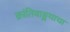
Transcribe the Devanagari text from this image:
क्रांतिवाङ्मयाचा